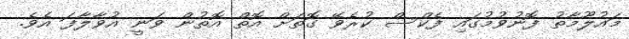
މައުލޫމާތު ފޮނުވުމުގައި ފެކްސް ކުރެވޭ ގޮތަށް އޮތް އޮތުން ވަނީ އުވާލާފަ އެވެ.